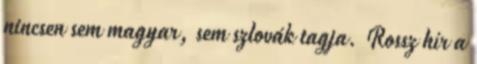
nincsen sem magyar, sem szlovák tagja. Rossz hír a